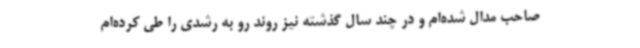
صاحب مدال شده‌ام و در چند سال گذشته نیز روند رو به رشدی را طی کرده‌ام